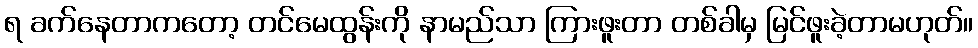
ရ ခက်နေတာကတော့ တင်မေထွန်းကို နာမည်သာ ကြားဖူးတာ တစ်ခါမှ မြင်ဖူးခဲ့တာမဟုတ်။